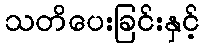
သတိပေးခြင်းနှင့်